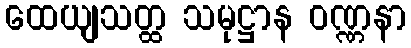
ထေယျသတ္ထ သမုဋ္ဌာန ဝဏ္ဏနာ